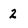
Character: 2